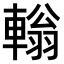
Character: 𨎃